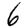
Digit: 6